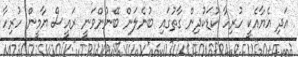
އަދި އެޔާއެކީ ހުރިހާ ކުޑަކުދިން ގާތުގައި ބުނެލަން ބޭނުންވަނީ ރައީސް ޔާމީން ހުރިހާ